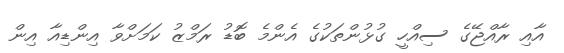
އާއި ރާއްޖޭގެ ސިއްހީ ގުޅުންތަކުގެ އެންމެ ބޮޑު ރަމްޒު ކަމަށްވާ އިންޑިއާ އިން